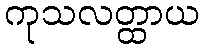
ကုသလတ္ထာယ